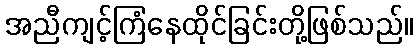
အညီကျင့်ကြံနေထိုင်ခြင်းတို့ဖြစ်သည်။